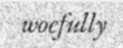
woefully